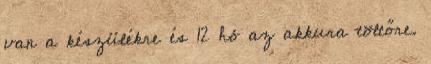
van a készülékre és 12 hó az akkura töltőre.